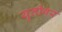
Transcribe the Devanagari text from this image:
युतीवर